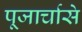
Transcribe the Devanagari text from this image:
पूजार्चासे